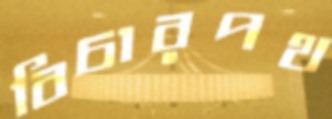
বিচারপথ